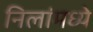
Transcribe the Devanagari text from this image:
निलांमध्ये